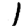
Digit: 1